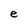
Character: e